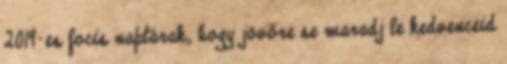
2019-es focis naptárak, hogy jövőre se maradj le kedvenceid